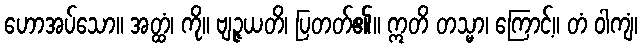
ဟောအပ်သော။ အတ္ထံ၊ ကို။ ဗျဉ္ဇယတိ၊ ပြတတ်၏။ ဣတိ တသ္မာ၊ ကြောင့်။ တံ ဝါကျံ၊